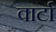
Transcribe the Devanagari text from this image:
वार्टा